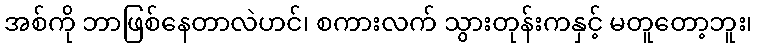
အစ်ကို ဘာဖြစ်နေတာလဲဟင်၊ စကားလက် သွားတုန်းကနှင့် မတူတော့ဘူး၊